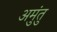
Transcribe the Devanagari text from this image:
अमुंतु